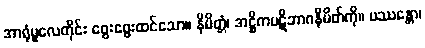
အာရုံမူလေတိုင်း ဖွေးဖွေးထင်သော။ နိမိတ္တံ၊ အဋ္ဌိကပဋိဘာဂနိမိတ်ကို။ ပဿန္တော၊